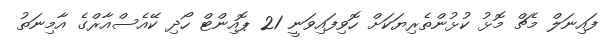
ފައިނަލް މެޗް މޮޅު ކުޅުންތެރިޔަކަށް ހޮވިފައިވަނީ 21 ޕޮއިންޓް ހޯދި ކޭއެސްއާރްގެ އާމިނަތު